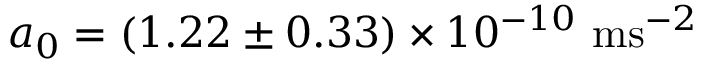
a _ { 0 } = ( 1 . 2 2 \pm 0 . 3 3 ) \times 1 0 ^ { - 1 0 } ~ \mathrm { m } \mathrm { s } ^ { - 2 }